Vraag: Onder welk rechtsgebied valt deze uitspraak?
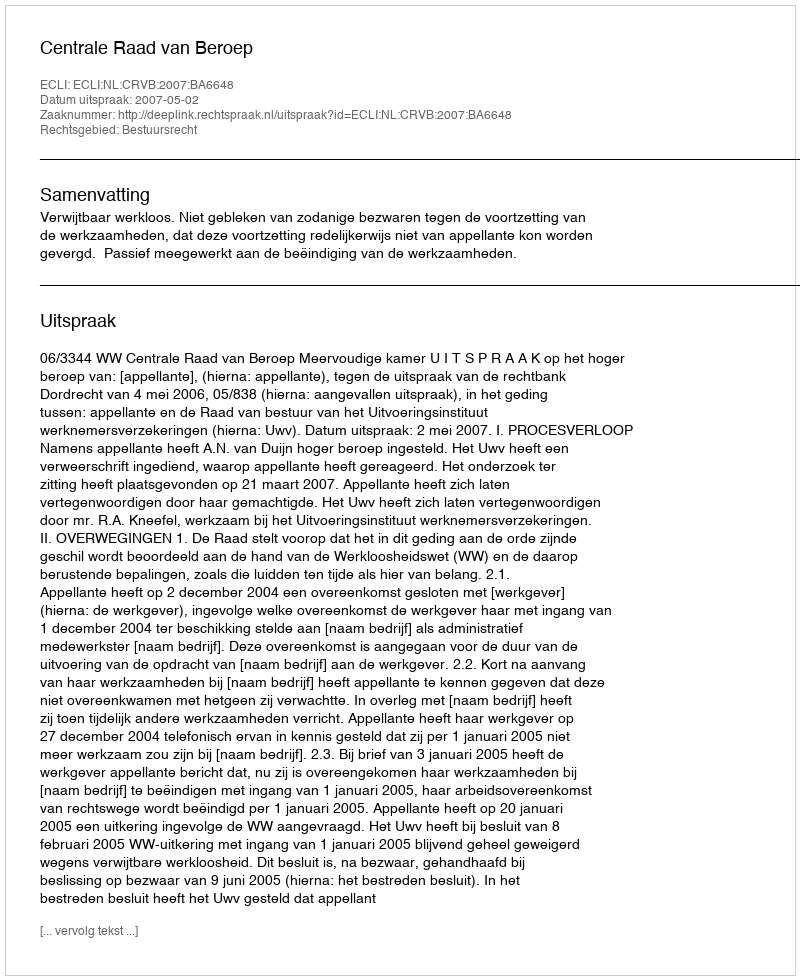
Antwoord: Bestuursrecht